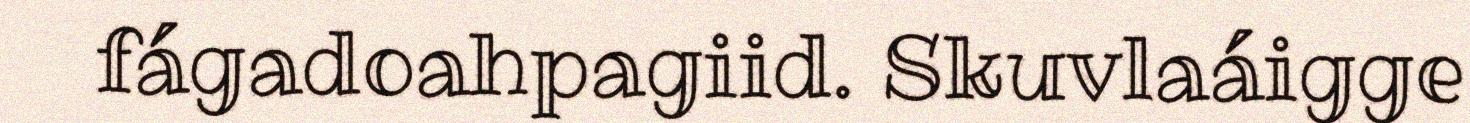
fágadoahpagiid. Skuvlaáigge